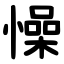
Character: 懆